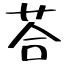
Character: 荅